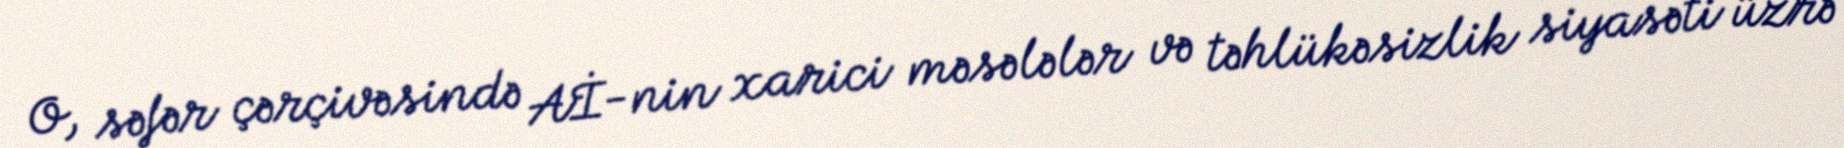
O, səfər çərçivəsində Aİ-nin xarici məsələlər və təhlükəsizlik siyasəti üzrə